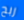
ربح